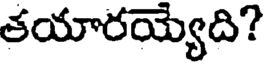
తయారయ్యది?